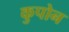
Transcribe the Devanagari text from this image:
कुपोन